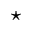
^ { \star }